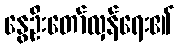
နွေဦးတော်လှန်ရေး၏